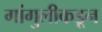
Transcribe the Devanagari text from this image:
गांगुलीकडून